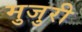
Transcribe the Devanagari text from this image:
मुजुरी